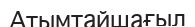
Атымтайшағыл